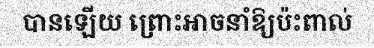
បានឡើយ ព្រោះអាចនាំឱ្យប៉ះពាល់